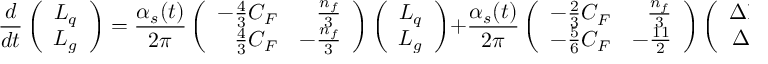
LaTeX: { \frac { d } { d t } } \left( \begin{array} { c } { { L _ { q } } } \\ { { L _ { g } } } \end{array} \right) = { \frac { \alpha _ { s } ( t ) } { 2 \pi } } \left( \begin{array} { r r } { { - { \frac { 4 } { 3 } } C _ { F } } } & { { { \frac { n _ { f } } { 3 } } } } \\ { { { \frac { 4 } { 3 } } C _ { F } } } & { { - { \frac { n _ { f } } { 3 } } } } \end{array} \right) \left( \begin{array} { c } { { L _ { q } } } \\ { { L _ { g } } } \end{array} \right) + { \frac { \alpha _ { s } ( t ) } { 2 \pi } } \left( \begin{array} { r r } { { - { \frac { 2 } { 3 } } C _ { F } } } & { { { \frac { n _ { f } } { 3 } } } } \\ { { - { \frac { 5 } { 6 } } C _ { F } } } & { { - { \frac { 1 1 } { 2 } } } } \end{array} \right) \left( \begin{array} { c } { { \Delta \Sigma } } \\ { { \Delta g } } \end{array} \right) \ .